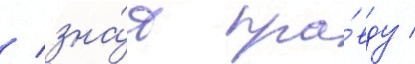
/ зна́я пра́вду /